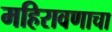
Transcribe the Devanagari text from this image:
महिरावणाचा